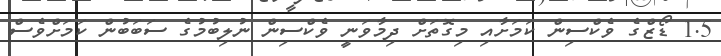
1.5 ޑޯޒްގެ ވެކްސިން ކަމަށާއި މިގޮތަށް ދިމާވަނީ ވެކްސިން ނުލިބުމުގެ ސަބަބުން ކަމަށްވެސް